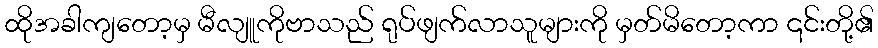
ထိုအခါကျတော့မှ မီလျူကိုဗာသည် ရုပ်ဖျက်လာသူများကို မှတ်မိတော့ကာ ၎င်းတို့၏